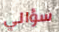
سؤالي